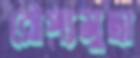
রৌপ্যমুদ্রা